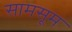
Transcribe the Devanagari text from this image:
सामसूम